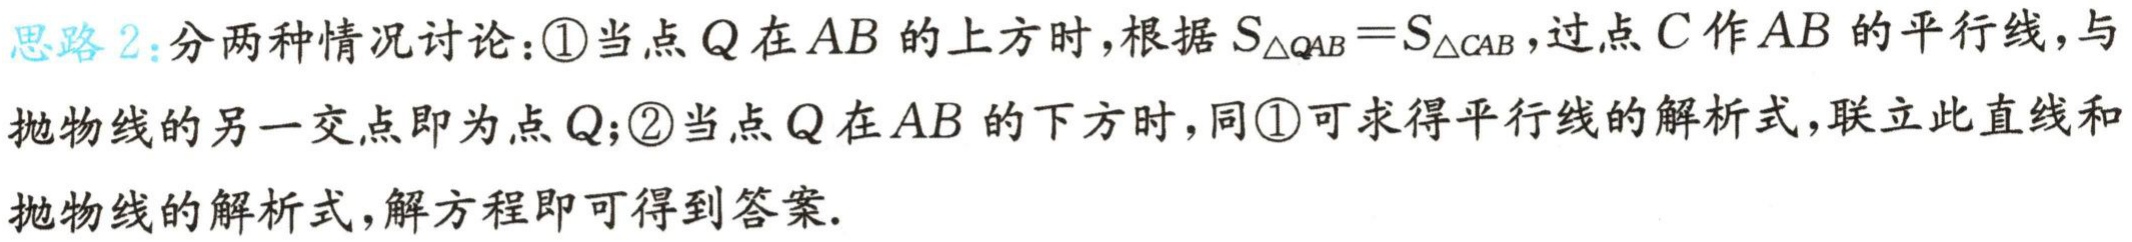
思路 2：分两种情况讨论：\textcircled{1}当点 \(Q\) 在 \(AB\) 的上方时，根据 \(S_{\triangle QAB}=S_{\triangle CAB}\)，过点 \(C\) 作 \(AB\) 的平行线，与抛物线的另一交点即为点 \(Q\)；\textcircled{2}当点 \(Q\) 在 \(AB\) 的下方时，同\textcircled{1}可求得平行线的解析式，联立此直线和抛物线的解析式，解方程即可得到答案.